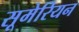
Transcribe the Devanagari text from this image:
सूमेरियन